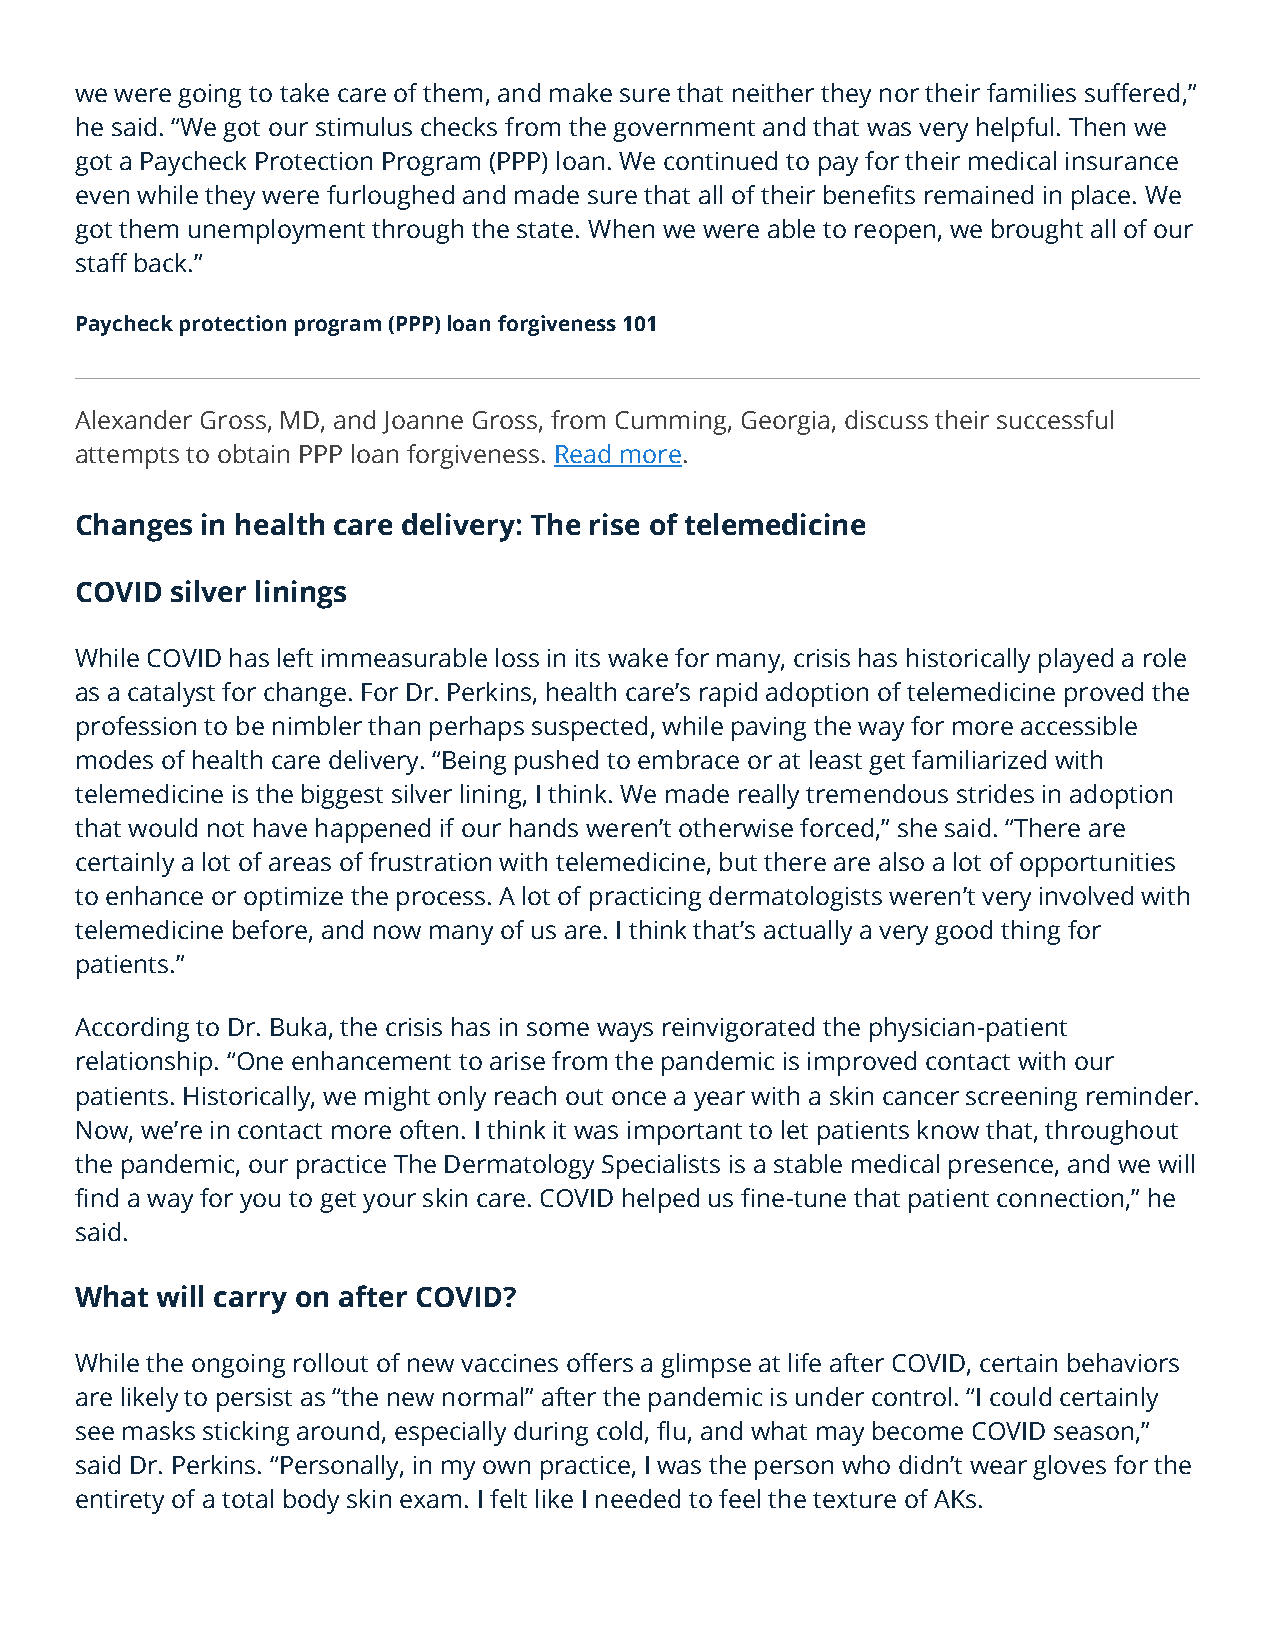
we were going to take care of them, and make sure that neither they nor their families suffered,”
 he said. “We got our stimulus checks from the government and that was very helpful. Then we
 got a Paycheck Protection Program (PPP) loan. We continued to pay for their medical insurance
 even while they were furloughed and made sure that all of their benefits remained in place. We
 got them unemployment through the state. When we were able to reopen, we brought all of our
 staff back.”
 Paycheck protection program (PPP) loan forgiveness 101
 Alexander Gross, MD, and Joanne Gross, from Cumming, Georgia, discuss their successful
 attempts to obtain PPP loan forgiveness. Read more.
 Changes in health care delivery: The rise of telemedicine
 COVID silver linings
 While COVID has left immeasurable loss in its wake for many, crisis has historically played a role
 as a catalyst for change. For Dr. Perkins, health care’s rapid adoption of telemedicine proved the
 profession to be nimbler than perhaps suspected, while paving the way for more accessible
 modes of health care delivery. “Being pushed to embrace or at least get familiarized with
 telemedicine is the biggest silver lining, I think. We made really tremendous strides in adoption
 that would not have happened if our hands weren’t otherwise forced,” she said. “There are
 certainly a lot of areas of frustration with telemedicine, but there are also a lot of opportunities
 to enhance or optimize the process. A lot of practicing dermatologists weren’t very involved with
 telemedicine before, and now many of us are. I think that’s actually a very good thing for
 patients.”
 According to Dr. Buka, the crisis has in some ways reinvigorated the physician-patient
 relationship. “One enhancement to arise from the pandemic is improved contact with our
 patients. Historically, we might only reach out once a year with a skin cancer screening reminder.
 Now, we’re in contact more often. I think it was important to let patients know that, throughout
 the pandemic, our practice The Dermatology Specialists is a stable medical presence, and we will
 find a way for you to get your skin care. COVID helped us fine-tune that patient connection,” he
 said.
 What will carry on after COVID?
 While the ongoing rollout of new vaccines offers a glimpse at life after COVID, certain behaviors
 are likely to persist as “the new normal” after the pandemic is under control. “I could certainly
 see masks sticking around, especially during cold, flu, and what may become COVID season,”
 said Dr. Perkins. “Personally, in my own practice, I was the person who didn’t wear gloves for the
 entirety of a total body skin exam. I felt like I needed to feel the texture of AKs.